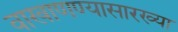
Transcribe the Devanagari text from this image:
वाखाणण्यासारख्या